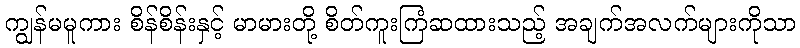
ကျွန်မမူကား စိန်စိန်းနှင့် မာမားတို့ စိတ်ကူးကြံဆထားသည့် အချက်အလက်များကိုသာ